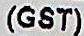
(GST)